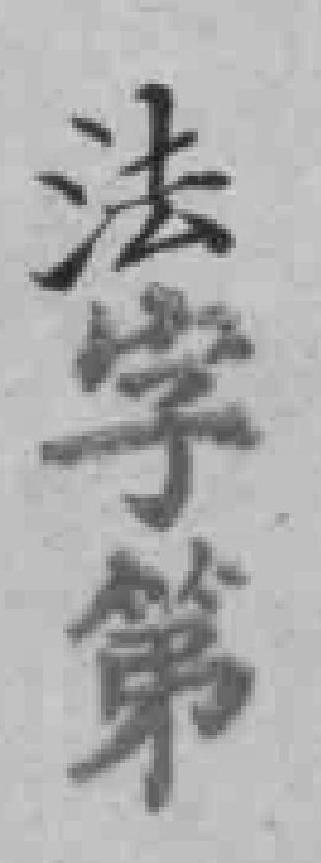
法字第